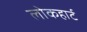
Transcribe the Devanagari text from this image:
लोकहार्ट